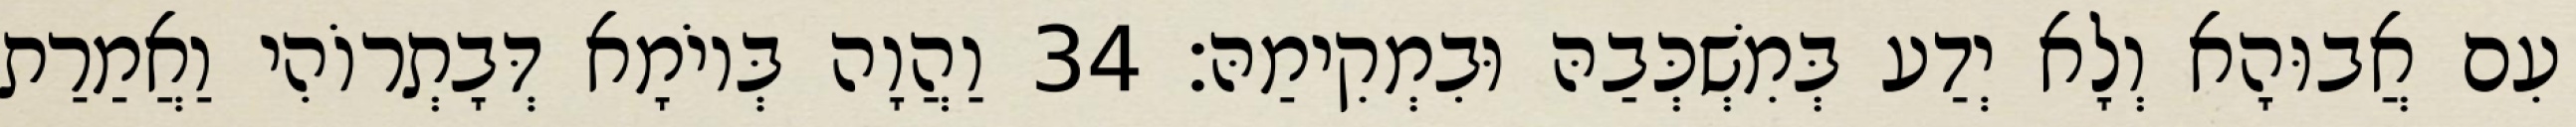
עִם אֲבוּהָא וְלָא יְדַע בְּמִשְׁכְּבַהּ וּבִמְקִימַהּ׃ 34 וַהֲוָה בְּיוֹמָא דְּבָתְרוֹהִי וַאֲמַרַת